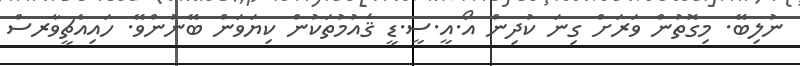
ނުލިބޭ. މިގޮތުން ވަރަށް ގިނަ ކުދިން އޯ.އީ.ސީ.ޑީ ޤައުމުތަކުން ކިޔަވަން ބޭނުންވޭ. ހައިއެޗީވާރސް